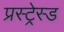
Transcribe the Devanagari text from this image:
प्रस्ट्रेस्ड